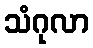
သံဂုလာ